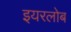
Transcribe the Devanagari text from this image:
इयरलोब